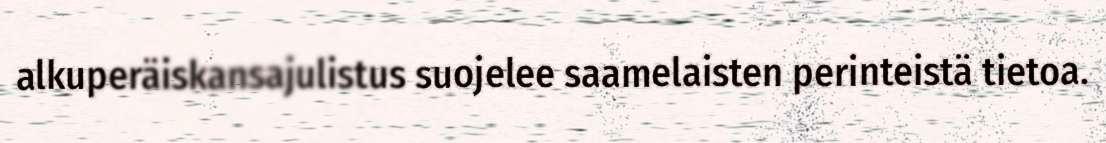
alkuperäiskansajulistus suojelee saamelaisten perinteistä tietoa.